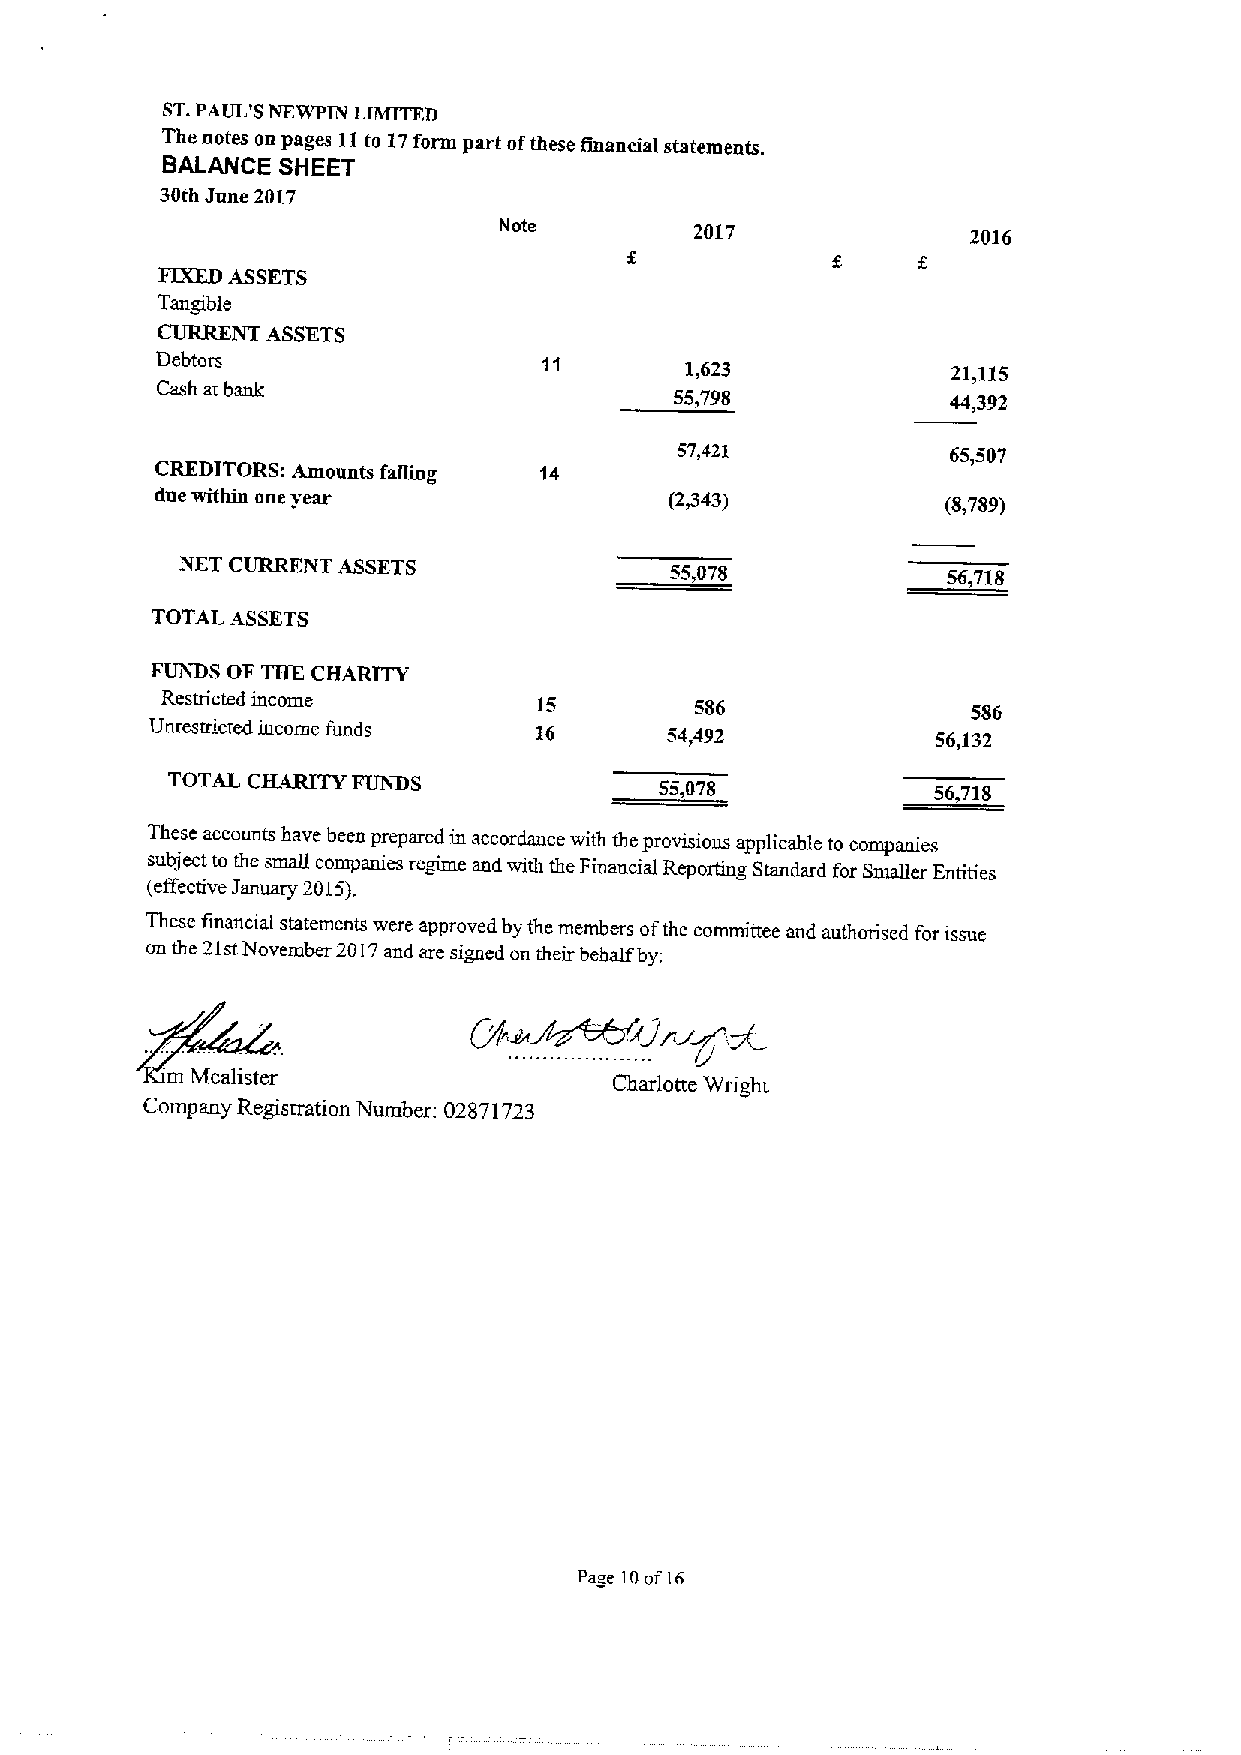
ST.PAUI.'SNFWPIN IIMITFD
 The notes on pages 11to 17form part ofthese fmancial statetnents.
 BALANCE SHEET
 30th June 2017
 Note         2017              2016
 FIXEDASSETS
 ~TanNgibleT
 ASSETS
 Debtors
 1,623             21,115
 Cash at bank
 55,798            44,392
 57,421            65,507
 CREDITORS: Amounts falling 14
 due within one year               (2443)             (8,789)
 NET CURRENT ASSETS
 55,078             56,718
 TOTAL ASSETS
 FUiiDS OF TBECHARITY
 Restricted income        15        586               586
 Unrestricted incorae fimds 16     54,492            56,132
 TOTAL CHARITY FUNDS              55,078            56,718
 These accounts have been prepared in accordance with the provisions applicable to companies
 subject to the small companies regime and with the Financial Reporting Standard for Smaller Entities
 (effective January 2015).
 These financial statements were approved by the members ofthe committee and authorised for issue
 on the 21stNovember 2017and are signed on their behalf by:
 9~&'btY4rip&
 m Mcalister
 Charlotte Wright
 Company Registration Number: 02871723
 Pa e loof is